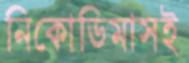
নিকোডিমাসই